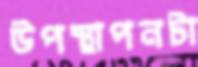
উপস্থাপনটা